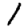
Digit: 1